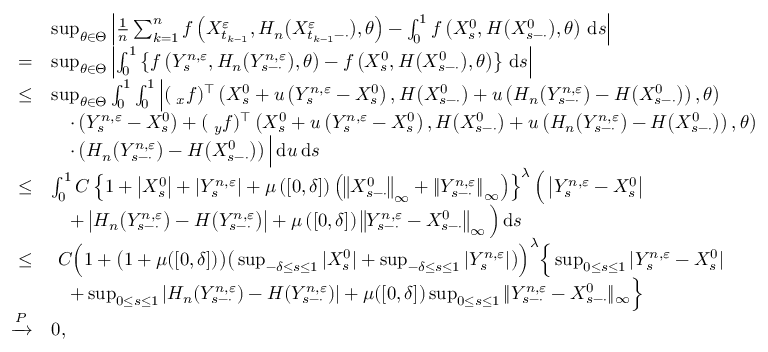
\begin{array} { r l } & { \operatorname* { s u p } _ { \theta \in \Theta } \left| \frac { 1 } { n } \sum _ { k = 1 } ^ { n } f \left( X _ { t _ { k - 1 } } ^ { \varepsilon } , H _ { n } \big ( X _ { t _ { k - 1 } - \cdot } ^ { \varepsilon } \big ) , \theta \right) - \int _ { 0 } ^ { 1 } f \left( X _ { s } ^ { 0 } , H \big ( X _ { s - \cdot } ^ { 0 } \big ) , \theta \right) \, \mathrm { d } s \right| } \\ { = } & { \operatorname* { s u p } _ { \theta \in \Theta } \left| \int _ { 0 } ^ { 1 } \left\{ f \left( Y _ { s } ^ { n , \varepsilon } , H _ { n } \big ( Y _ { s - \cdot } ^ { n , \varepsilon } \big ) , \theta \right) - f \left( X _ { s } ^ { 0 } , H \big ( X _ { s - \cdot } ^ { 0 } \big ) , \theta \right) \right\} \, \mathrm { d } s \right| } \\ { \leq } & { \operatorname* { s u p } _ { \theta \in \Theta } \int _ { 0 } ^ { 1 } \int _ { 0 } ^ { 1 } \Big | ( \triangledown _ { x } f ) ^ { \top } \left( X _ { s } ^ { 0 } + u \left( Y _ { s } ^ { n , \varepsilon } - X _ { s } ^ { 0 } \right) , H \big ( X _ { s - \cdot } ^ { 0 } \big ) + u \left( H _ { n } \big ( Y _ { s - \cdot } ^ { n , \varepsilon } \big ) - H \big ( X _ { s - \cdot } ^ { 0 } \big ) \right) , \theta \right) } \\ & { \quad \cdot \left( Y _ { s } ^ { n , \varepsilon } - X _ { s } ^ { 0 } \right) + ( \triangledown _ { y } f ) ^ { \top } \left( X _ { s } ^ { 0 } + u \left( Y _ { s } ^ { n , \varepsilon } - X _ { s } ^ { 0 } \right) , H \big ( X _ { s - \cdot } ^ { 0 } \big ) + u \left( H _ { n } \big ( Y _ { s - \cdot } ^ { n , \varepsilon } \big ) - H \big ( X _ { s - \cdot } ^ { 0 } \big ) \right) , \theta \right) } \\ & { \quad \cdot \left( H _ { n } \big ( Y _ { s - \cdot } ^ { n , \varepsilon } \big ) - H \big ( X _ { s - \cdot } ^ { 0 } \big ) \right) \Big | \, \mathrm { d } u \, \mathrm { d } s } \\ { \leq } & { \int _ { 0 } ^ { 1 } C \left\{ 1 + \left| X _ { s } ^ { 0 } \right| + \left| Y _ { s } ^ { n , \varepsilon } \right| + \mu \left( \left[ 0 , \delta \right] \right) \left( \left\| X _ { s - \cdot } ^ { 0 } \right\| _ { \infty } + \left\| Y _ { s - \cdot } ^ { n , \varepsilon } \right\| _ { \infty } \right) \right\} ^ { \lambda } \Big ( \left| Y _ { s } ^ { n , \varepsilon } - X _ { s } ^ { 0 } \right| } \\ & { \quad + \left| H _ { n } \big ( Y _ { s - \cdot } ^ { n , \varepsilon } \big ) - H \big ( Y _ { s - \cdot } ^ { n , \varepsilon } \big ) \right| + \mu \left( \left[ 0 , \delta \right] \right) \left\| Y _ { s - \cdot } ^ { n , \varepsilon } - X _ { s - \cdot } ^ { 0 } \right\| _ { \infty } \Big ) \, \mathrm { d } s } \\ { \leq } & { ~ C \Big ( 1 + \big ( 1 + \mu ( [ 0 , \delta ] ) \big ) \big ( \operatorname* { s u p } _ { - \delta \leq s \leq 1 } | X _ { s } ^ { 0 } | + \operatorname* { s u p } _ { - \delta \leq s \leq 1 } | Y _ { s } ^ { n , \varepsilon } | \big ) \Big ) ^ { \lambda } \Big \{ \operatorname* { s u p } _ { 0 \leq s \leq 1 } | Y _ { s } ^ { n , \varepsilon } - X _ { s } ^ { 0 } | } \\ & { \quad + \operatorname* { s u p } _ { 0 \leq s \leq 1 } | H _ { n } ( Y _ { s - \cdot } ^ { n , \varepsilon } ) - H ( Y _ { s - \cdot } ^ { n , \varepsilon } ) | + \mu ( [ 0 , \delta ] ) \operatorname* { s u p } _ { 0 \leq s \leq 1 } \| Y _ { s - \cdot } ^ { n , \varepsilon } - X _ { s - \cdot } ^ { 0 } \| _ { \infty } \Big \} } \\ { \xrightarrow { P } } & { 0 , } \end{array}